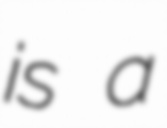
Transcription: is a